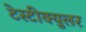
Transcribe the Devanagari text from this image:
टेस्टीक्युलर